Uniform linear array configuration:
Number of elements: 12
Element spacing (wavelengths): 1
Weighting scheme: exponential
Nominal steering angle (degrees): -15
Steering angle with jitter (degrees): -16.193
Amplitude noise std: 0.05
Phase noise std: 0.05

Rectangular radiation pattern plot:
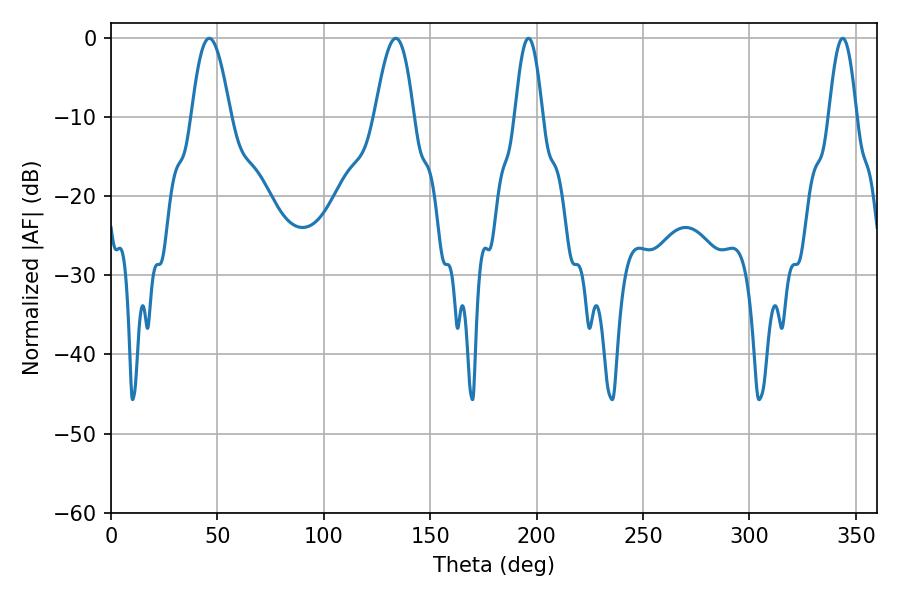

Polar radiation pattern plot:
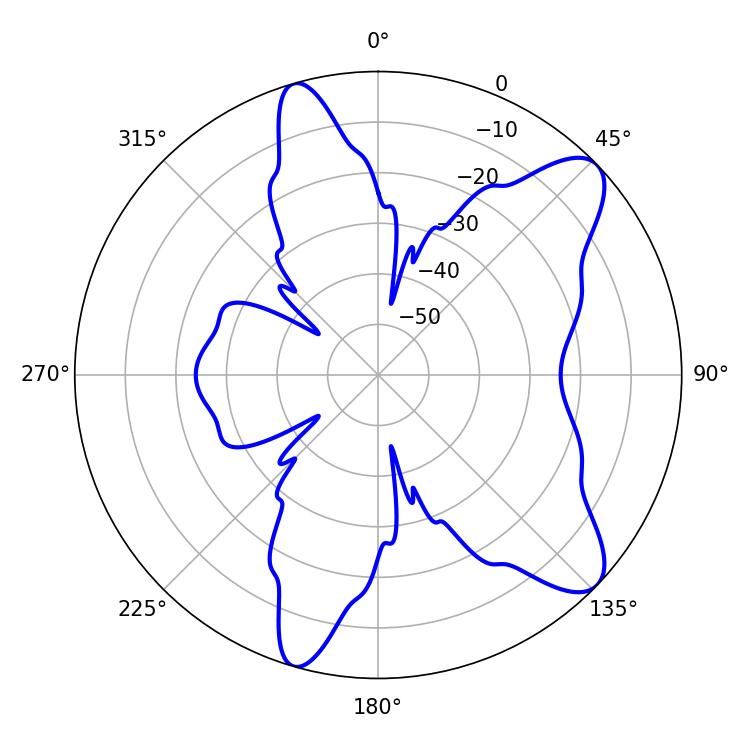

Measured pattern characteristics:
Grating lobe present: TRUE
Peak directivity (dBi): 9.723
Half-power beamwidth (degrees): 7.02
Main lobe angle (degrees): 196.2